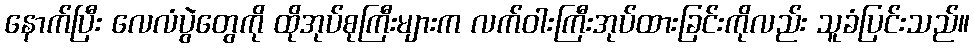
နောက်ပြီး လေလံပွဲတွေကို ထိုအုပ်စုကြီးများက လက်ဝါးကြီးအုပ်ထားခြင်းကိုလည်း သူခံပြင်းသည်။